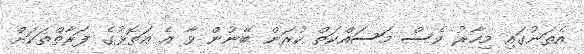
އެތަނުގައި މިހާރު ވެސް މަސައްކަތް ކުރަން ބޭނުން ވާ އެ އަތޮޅުގެ ފަރާތްތަކަށް